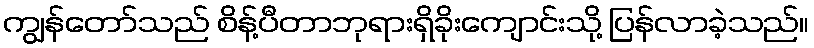
ကျွန်တော်သည် စိန့်ပီတာဘုရားရှိခိုးကျောင်းသို့ ပြန်လာခဲ့သည်။